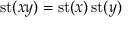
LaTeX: \operatorname { s t } ( x y ) = \operatorname { s t } ( x ) \operatorname { s t } ( y )